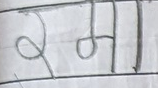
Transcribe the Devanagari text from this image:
रमा